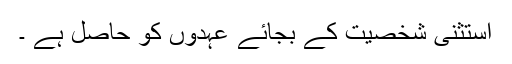
استثنیٰ شخصیت کے بجائے عہدوں کو حاصل ہے ۔